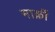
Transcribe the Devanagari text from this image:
मार्क़ी